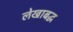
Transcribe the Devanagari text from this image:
लेखाबद्ध